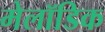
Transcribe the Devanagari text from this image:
मेलॉडिक